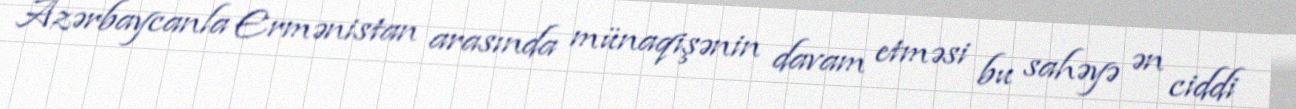
Azərbaycanla Ermənistan arasında münaqişənin davam etməsi bu sahəyə ən ciddi